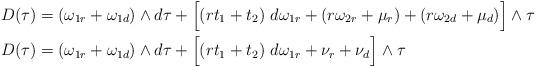
LaTeX: \begin{align*}D(\tau) &= (\omega_{1r}+\omega_{1d})\wedge d\tau + \Big[ (rt_1+t_2) \ d\omega_{1r} + (r \omega_{2r}+\mu_{r}) + (r \omega_{2d}+\mu_{d})\Big]\wedge\tau \\D(\tau) &= (\omega_{1r}+\omega_{1d})\wedge d\tau + \Big[ (rt_1+t_2) \ d\omega_{1r} + \nu_r + \nu_d\Big]\wedge\tau \end{align*}